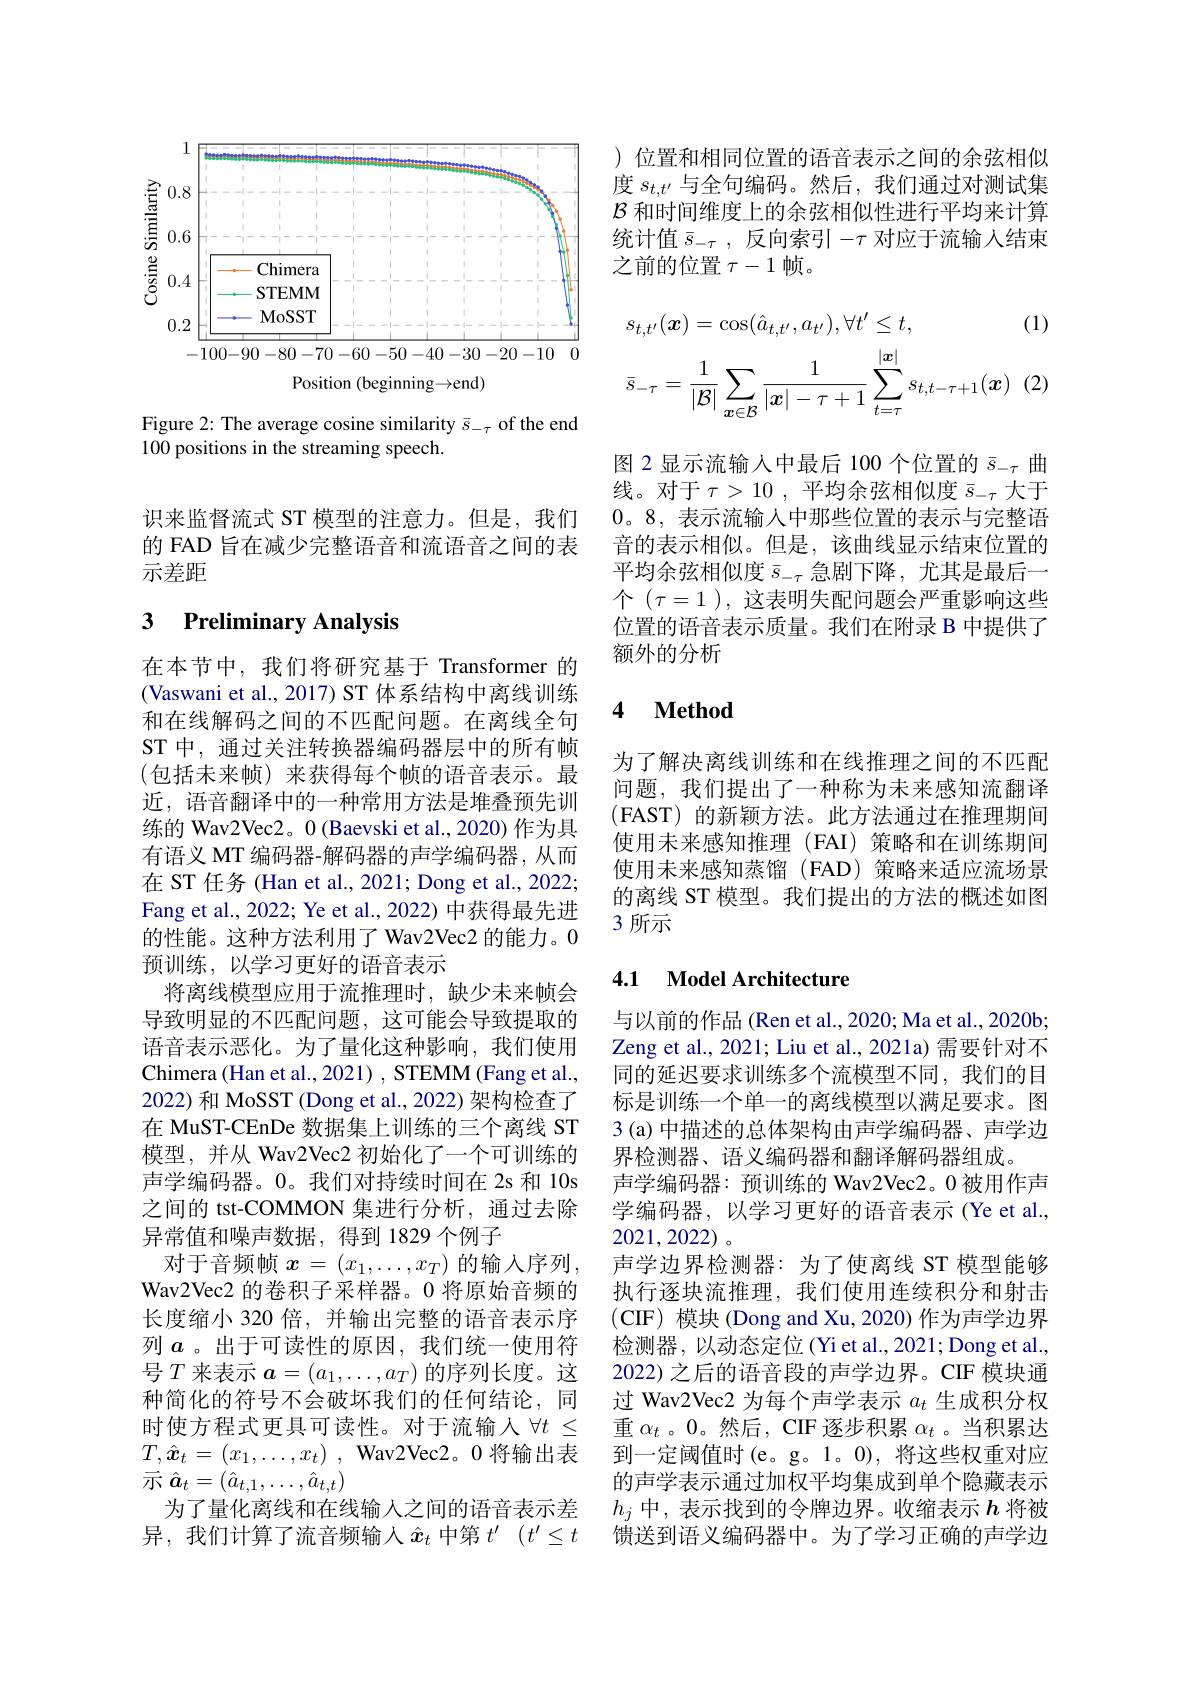
<FigureHere>

Figure 2: The average cosine similarity $\bar{s}_-\tau$ of the end
100 positions in the streaming speech.

识来监督流式 ST 模型的注意力。但是，我们的 FAD 旨在减少完整语音和流语音之间的表示差距

### 3 $\textbf{Preliminarv Analvsis}$

在本节中，我们将研究基于 Transformer 的(Vaswani et al., 2017) ST 体系结构中离线训练和在线解码之间的不匹配问题。在离线全句ST 中，通过关注转换器编码器层中的所有帧(包括未来帧)来获得每个帧的语音表示。最近，语音翻译中的一种常用方法是堆叠预先训练的 Wav2Vec2。0 (Baevski et al., 2020) 作为具有语义 MT 编码器-解码器的声学编码器，从而在 ST 任务 (Han et al., 2021; Dong et al., 2022; Fang et al., 2022; Ye et al., 2022) 中获得最先进的性能。这种方法利用了 Wav2Vec2 的能力。0预训练，以学习更好的语音表示
将离线模型应用于流推理时，缺少未来帧会导致明显的不匹配问题，这可能会导致提取的语音表示恶化。为了量化这种影响，我们使用Chimera (Han et al., 2021) , STEMM (Fang et al., 2022) 和 MoSST (Dong et al., 2022) 架构检查了在 MuST-CEnDe 数据集上训练的三个离线 ST 模型，并从 Wav2Vec2 初始化了一个可训练的声学编码器。0。我们对持续时间在 2s 和 10s 之间的 tst-COMMON 集进行分析，通过去除异常值和噪声数据，得到 1829 个例子
对于音频帧 $x=(x_1,\ldots,x_T)$ 的输入序列， Wav2Vec2 的卷积子采样器。0 将原始音频的长度缩小 320 倍，并输出完整的语音表示序列$a$ 。出于可读性的原因，我们统一使用符号$T$来表示$a=(a_1,\ldots,a_T)$的序列长度。这种简化的符号不会破坏我们的任何结论，同时使方程式更具可读性。对于流输人$\forall t\leq$ $T, \hat{\boldsymbol{x}} _t= ( x_1, \ldots , x_t)$ , Wav2Vec2。0 将输出表${\text{示 }\hat{a}}_{t}=(\hat{a}_{t,1},\ldots,\hat{a}_{t,t})$
为了量化离线和在线输入之间的语音表示差异，我们计算了流音频输入$\hat{x}_t$ 中第 $t^\prime$ $( t^{\prime }\leq t$

)位置和相同位置的语音表示之间的余弦相似度$s_{t,t^{\prime}}$与全句编码。然后，我们通过对测试集$\mathcal{B}$和时间维度上的余弦相似性进行平均来计算统计值$\bar{s}_{-\tau}$,反向索引$-\tau$对应于流输入结束之前的位置$\tau-1$帧。
$$\begin{aligned}&s_{t,t^{\prime}}(\boldsymbol{x})=\cos(\hat{a}_{t,t^{\prime}},a_{t^{\prime}}),\forall t^{\prime}\leq t,&\text{(1)}\\&\bar{s}_{-\tau}=\frac{1}{|\mathcal{B}|}\sum_{x\in\mathcal{B}}\frac{1}{|x|-\tau+1}\sum_{t=\tau}^{|x|}s_{t,t-\tau+1}(x)&\text{(2)}\end{aligned}$$
图 2 显示流输入中最后 100 个位置的$\bar{s}_{-\tau}$曲线。对于$\tau>10$,平均余弦相似度$\bar{s}_{-\tau}$大于0。8,表示流输入中那些位置的表示与完整语音的表示相似。但是，该曲线显示结束位置的平均余弦相似度$\bar{s}_{-\tau}$急剧下降，尤其是最后一个$(\tau=1)$,这表明失配问题会严重影响这些位置的语音表示质量。我们在附录 B 中提供了额外的分析

### 4 $\mathbf{Method}$

为了解决离线训练和在线推理之间的不匹配问题，我们提出了一种称为未来感知流翻译(FAST)的新颖方法。此方法通过在推理期间使用未来感知推理(FAI)策略和在训练期间使用未来感知蒸馏(FAD)策略来适应流场景的离线 ST 模型。我们提出的方法的概述如图3 所示

### 4.1 $\textbf{Model Architecture}$

与以前的作品 (Ren et al., 2020; Ma et al., 2020b; Zeng et al., 2021; Liu et al., 2021a) 需要针对不同的延迟要求训练多个流模型不同，我们的目标是训练一个单一的离线模型以满足要求。图3(a) 中描述的总体架构由声学编码器、声学边界检测器、语义编码器和翻译解码器组成。
声学编码器：预训练的 Wav2Vec2。0 被用作声学编码器，以学习更好的语音表示(Ye et al., 2021,2022)
声学边界检测器：为了使离线 ST 模型能够执行逐块流推理，我们使用连续积分和射击(CIF) 模块(Dong and Xu,2020) 作为声学边界检测器，以动态定位 (Yi et al., 2021; Dong et al., 2022) 之后的语音段的声学边界。CIF 模块通过 Wav2Vec2 为每个声学表示$a_t$生成积分权重$\alpha_t$ 。0。然后，CIF 逐步积累$\alpha_t$ 。当积累达到一定阈值时(e。g。1。0), 将这些权重对应的声学表示通过加权平均集成到单个隐藏表示$h_j$中，表示找到的令牌边界。收缩表示$h$将被馈送到语义编码器中。为了学习正确的声学边